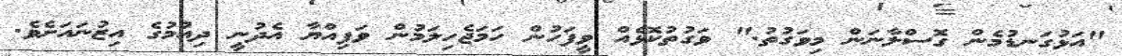
"އަޅުގަނޑުމެން ގޮސްލާނަން މިވަގުތު." ވަގުތުކޮޅެއް ވީފަހުން ހަމަޖެހިލަމުން ވަފިއްޔާ އެދުނީ ދިއުމުގެ އިޒުނައަށެވެ.